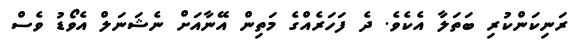
ރަނިކަންކުރި ބަތަލާ އެކެވެ. ދެ ފަހަރެއްގެ މަތިން އޭނާއަށް ނެޝަނަލް އެވޯޑު ވެސް